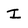
Character: I